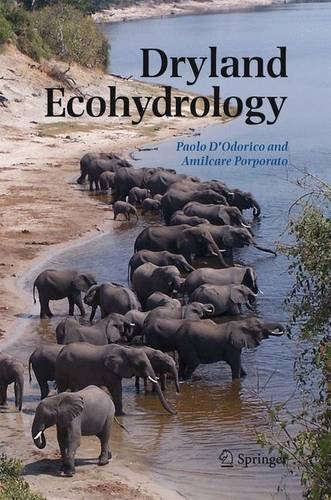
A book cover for Dryland Ecohydrology; Science & Math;